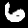
Digit: 6